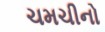
ચમચીનો